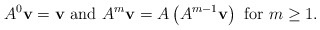
\begin{align*}A^0 {\bf v}={\bf v} \mbox{ and } A^m {\bf v}=A\left( A^{m-1} {\bf v} \right) \mbox{ for } m \ge 1.\end{align*}